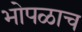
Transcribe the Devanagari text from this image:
भोपळाच